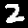
Digit: 2